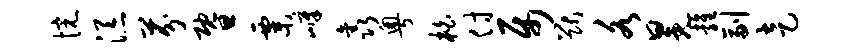
惋添芬暨粟嶂鑫粤柏付属猷各冕雍副走